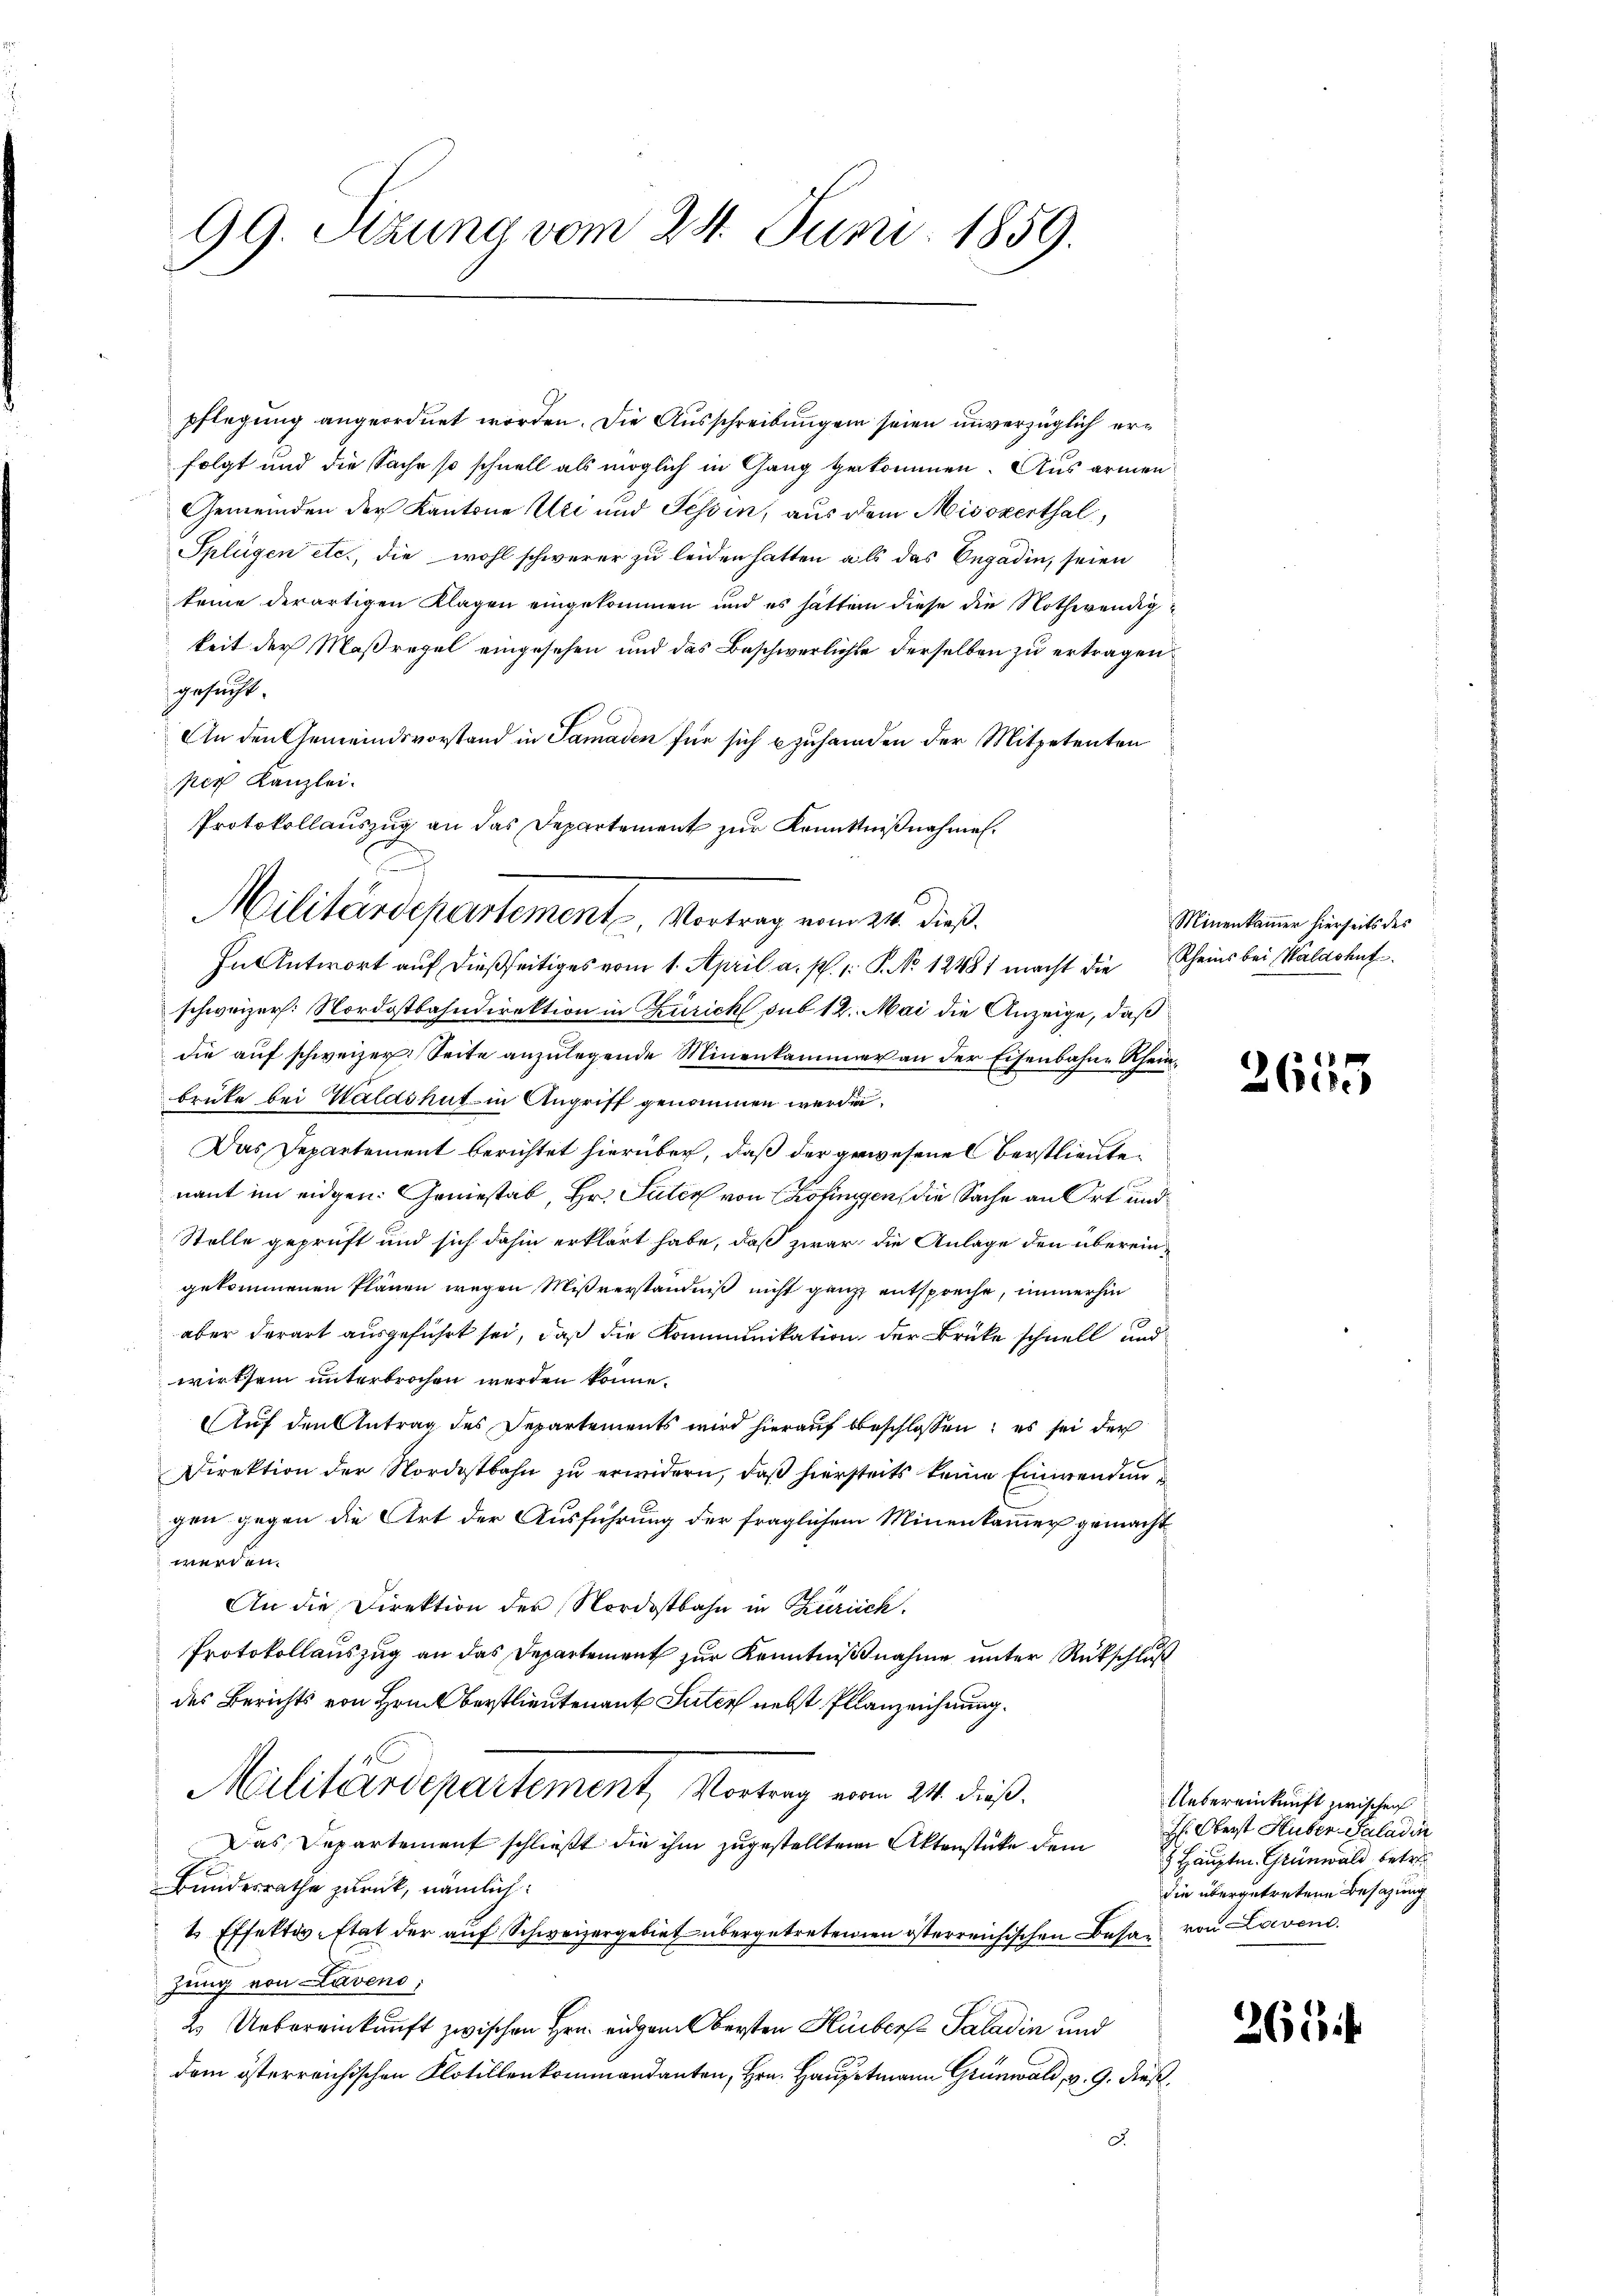
99. Sitzung vom 24. Juni 1859.

Protokollauszug an das Departement zur Kenntnißnahmen.
Militärdepartement. Vortrag vom 24. dieß.

pflegung angeordnet worden. Die Ausschreibungen seien unverzüglich erfolgt und die Sache so schnell als möglich in Gang gekommen. Aus armen
Gemeinden der Kantone Uri und Tessin, aus dem Missverthal,
Splügen etc., die wohl schwerer zu leiden hatten als das Engadin, seien
keine derartigen Klagen eingekommen und es hätten diese die Nothwendigkeit der Maßregel eingesehen und das Beschwerlichte derselben zu ertragen
gesucht.
An den Gemeindsvorstand in Samaden für sich u zuhanden der Mitpetenten
ner Kanzlei.
In Antwort auf dießseitiges vom 1. April a. p. 1. P. No 12481 macht die
schweizer. Nordostbahndirektion in Zürich sub 12. Mai die Anzeige, daß
die auf schweizer Seite anzulegende Minenkammer an der Eisenbahne Rheinbrüke bei Waldshut in Angriff genommen werde.
Das Departement berichtet hierüber, daß der gewesene Oberstlieute
nant im eidgen. Geniestab, Hr. Suter von Kofingen, die Sache an Ort und
Stelle geprüft und sich dahin erklärt habe, daß zwar die Anlage den übereingekommenen Plänen wegen Mißverständniß nicht ganz entspreche, immerhin
aber derart ausgeführt sei, daß die Kommunikation der Brücke schnell und
wirtsein unterbrochen werden könne.
Auf den Antrag des Departements wird hierauf beschlossen; es sei der
Direktion der Nordostbahn zu erwidern, daß hierseits keine Einwendungen gegen die Art der Ausführung der fraglichem Minenkammer gemacht
werden.
An die Direktion der Nordostbahn in Zürich.
Protokollauszug an das Departement zur Kenntnißnahme unter Rückschluß
des Berichts von Hrn. Berstlieutenant Suter nebst Pflanzeichnung.
Militärdepartement, Vortrag einen 24. dieß.
Das Departement schließt die ihm zugestellten Aktenstüke dem
Bundesrathe zurück, nämlich:
& Effektiv-Etat der auf Schweizergebiet übergetretenen österreichischen Besa von Laven
zung von Laveno
2. Uebereinkunft zwischen Hrn. eidgen. Bersten Huber Paladin und
dem österreichischen Klotillenkommandanten, Hrn. Hauptmann Grünwald, v. 9. dieß¬

Minenkammer hierseits des
Rheins bei Waldshut

2615

Uebereinkunft zwischen
H. Oberst Huber-Saladin
3 Hauptm. Grünwald betre
die übergetretene Besazung

266